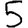
Digit: 5